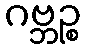
ဂဗ္ဘဉ္စ